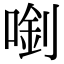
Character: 𠺓